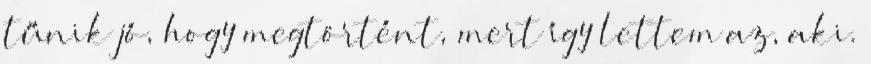
tűnik jó, hogy megtörtént, mert így lettem az, aki.